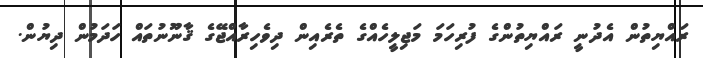
ރައްޔިތުން އެދުނީ ރައްޔިތުންގެ ފުރިހަމަ މަޖިލީހެއްގެ ތެރެއިން ދިވެހިރާއްޖޭގެ ޤާނޫނުތައް ހަދަމުން ދިޔުން.